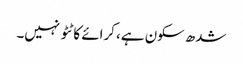
شدھ سکون ہے، کرائے کا ٹٹو نہیں۔